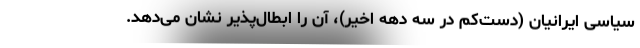
سیاسی ایرانیان (دست‌کم در سه دهه اخیر)، آن را ابطال‌پذیر نشان می‌دهد.